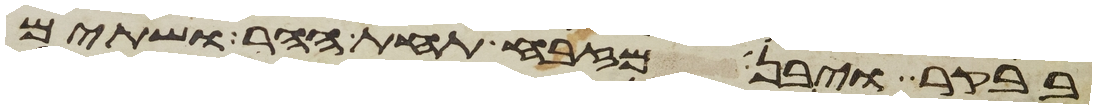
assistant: בבקר ויבן מזבח תחת ההר ושתים